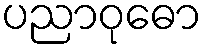
ပညာဝုဓော